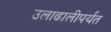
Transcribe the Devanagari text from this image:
उलाढालीपर्यंत